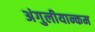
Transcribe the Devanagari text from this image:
अंगुलीयान्कम